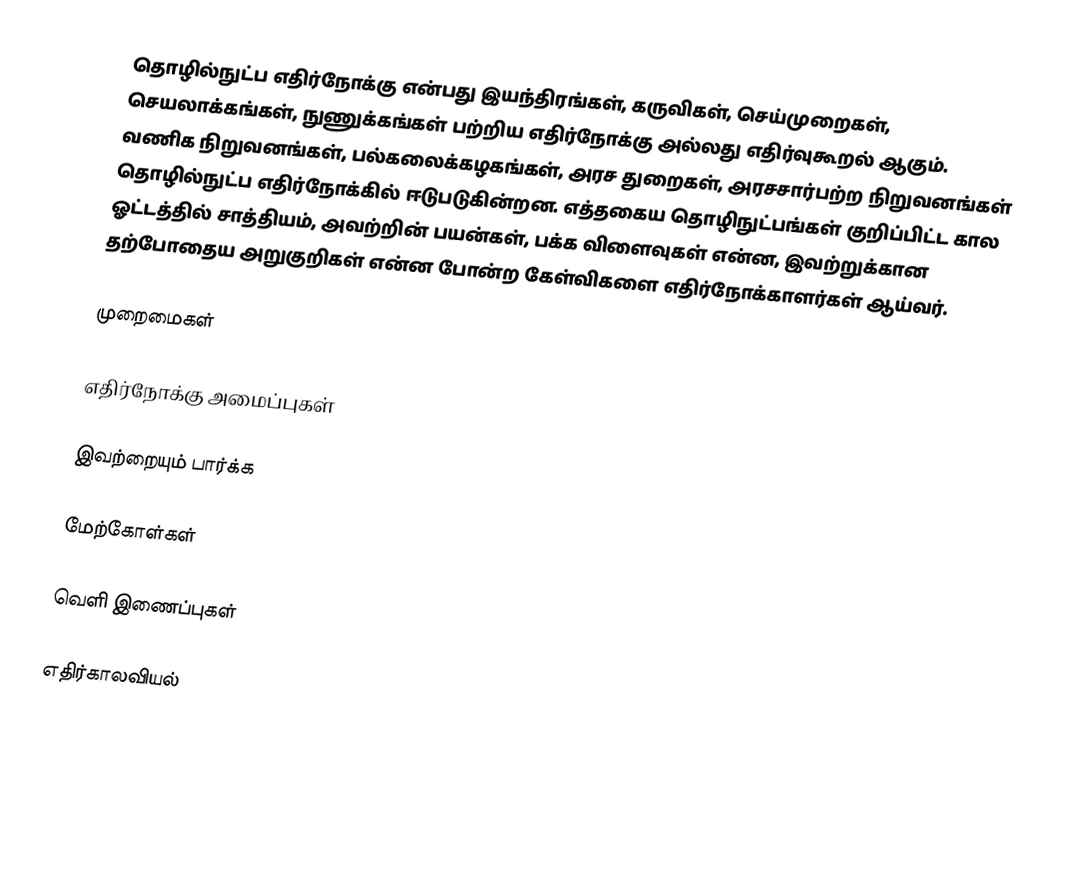
தொழில்நுட்ப எதிர்நோக்கு என்பது இயந்திரங்கள், கருவிகள், செய்முறைகள், செயலாக்கங்கள், நுணுக்கங்கள் பற்றிய எதிர்நோக்கு அல்லது எதிர்வுகூறல் ஆகும்.  வணிக நிறுவனங்கள், பல்கலைக்கழகங்கள், அரச துறைகள், அரசசார்பற்ற நிறுவனங்கள் தொழில்நுட்ப எதிர்நோக்கில் ஈடுபடுகின்றன.  எத்தகைய தொழிநுட்பங்கள் குறிப்பிட்ட கால ஓட்டத்தில் சாத்தியம், அவற்றின் பயன்கள், பக்க விளைவுகள் என்ன, இவற்றுக்கான தற்போதைய அறுகுறிகள் என்ன போன்ற கேள்விகளை எதிர்நோக்காளர்கள் ஆய்வர்.

முறைமைகள்

எதிர்நோக்கு அமைப்புகள்

இவற்றையும் பார்க்க

மேற்கோள்கள்

வெளி இணைப்புகள்

எதிர்காலவியல்